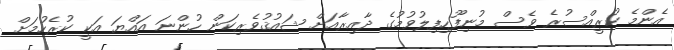
އެންމެ ކުރީއްސުރެ ވެސް މުނިފޫހިފިލުވުމުގެ ދާއިރާއަށް ޝައުޤުވެރިކަން ހުންނަ އައްޔަ އަކީ ކުރެހުމަށް